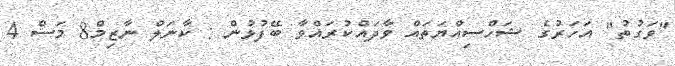
"ވަގުތު" އަހަރުގެ ޝަހްސިއްޔަތައް ވާދައްކުރައްވާ ބޭފުޅުން : ކާނަލް ނާޒިމް8 މަސް 4